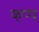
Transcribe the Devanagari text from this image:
कप्प